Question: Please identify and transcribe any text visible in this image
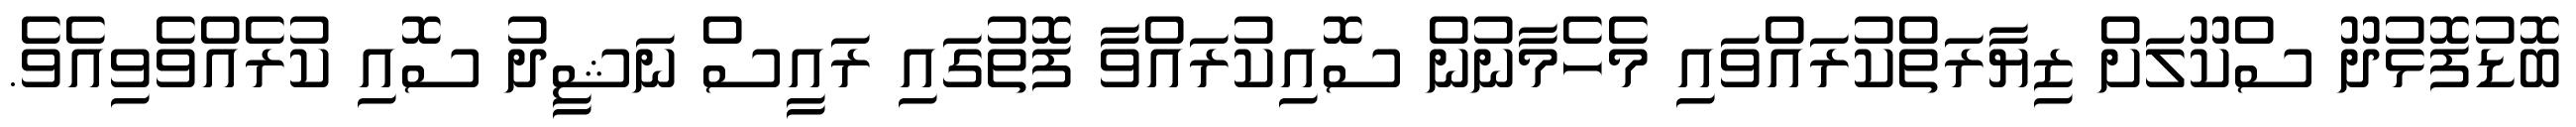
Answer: ބޮޑުފޮޅުދޫ ސްކޫލަށް ޒިޔާރަތްކުރައްވައި މެހެމާނުން ސޮއިކުރައްވާ ފޮތުގައި ރައީސް ނަޝީދު ސޮއި ކުރެއްވެވިއެވެ.